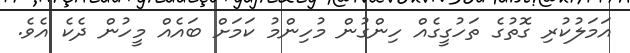
އަމަލުކުރި ގޮތުގެ ތަހުގީގެއް ހިންގުން މުހިންމު ކަމަށް ބައެއް މީހުން ދެކެ އެވެ.